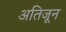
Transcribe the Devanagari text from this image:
अतिजून